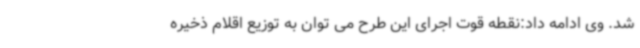
شد. وی ادامه داد:نقطه قوت اجرای این طرح می توان به توزیع اقلام ذخیره